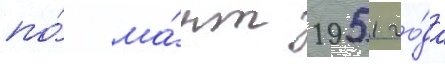
по́ ма́рт 1951 го́да